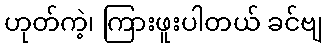
ဟုတ်ကဲ့၊ ကြားဖူးပါတယ် ခင်ဗျ